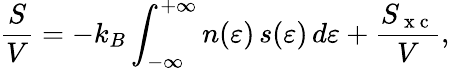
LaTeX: \frac{S}{V}=-k_{B}\int_{-\infty}^{+\infty}n(\varepsilon)\, s(\varepsilon)\, d\varepsilon+\frac{S_{\mathrm{~x~c~}}}{V},